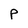
Character: P